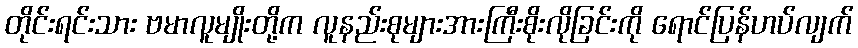
တိုင်းရင်းသား ဗမာလူမျိုးတို့က လူနည်းစုများအားကြီးစိုးလိုခြင်းကို ရောင်ပြန်ဟပ်လျက်